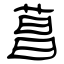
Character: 菖